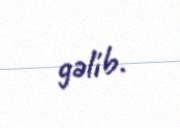
gəlib.